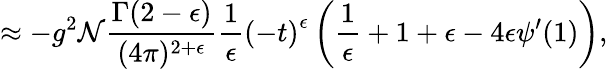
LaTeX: \approx-g^{2}\mathcal{N}\frac{{\Gamma(2-\epsilon)}}{{(4\pi)^{2+\epsilon}}}\frac{{1}}{{\epsilon}}\left(-t\right)^{\epsilon}\left(\frac{{1}}{{\epsilon}}+1+\epsilon-4\epsilon\psi^{\prime}(1)\right),